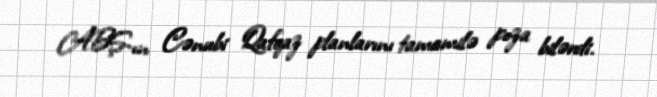
ABŞ-ın Cənubi Qafqaz planlarını tamamilə poza bilərdi.